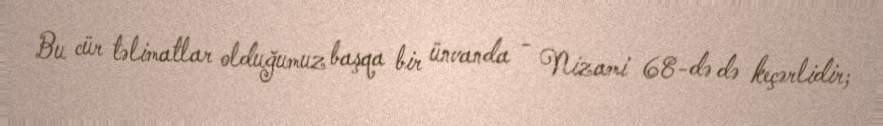
Bu cür təlimatlar olduğumuz başqa bir ünvanda - Nizami 68-də də keçərlidir;